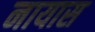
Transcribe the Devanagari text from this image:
नायास